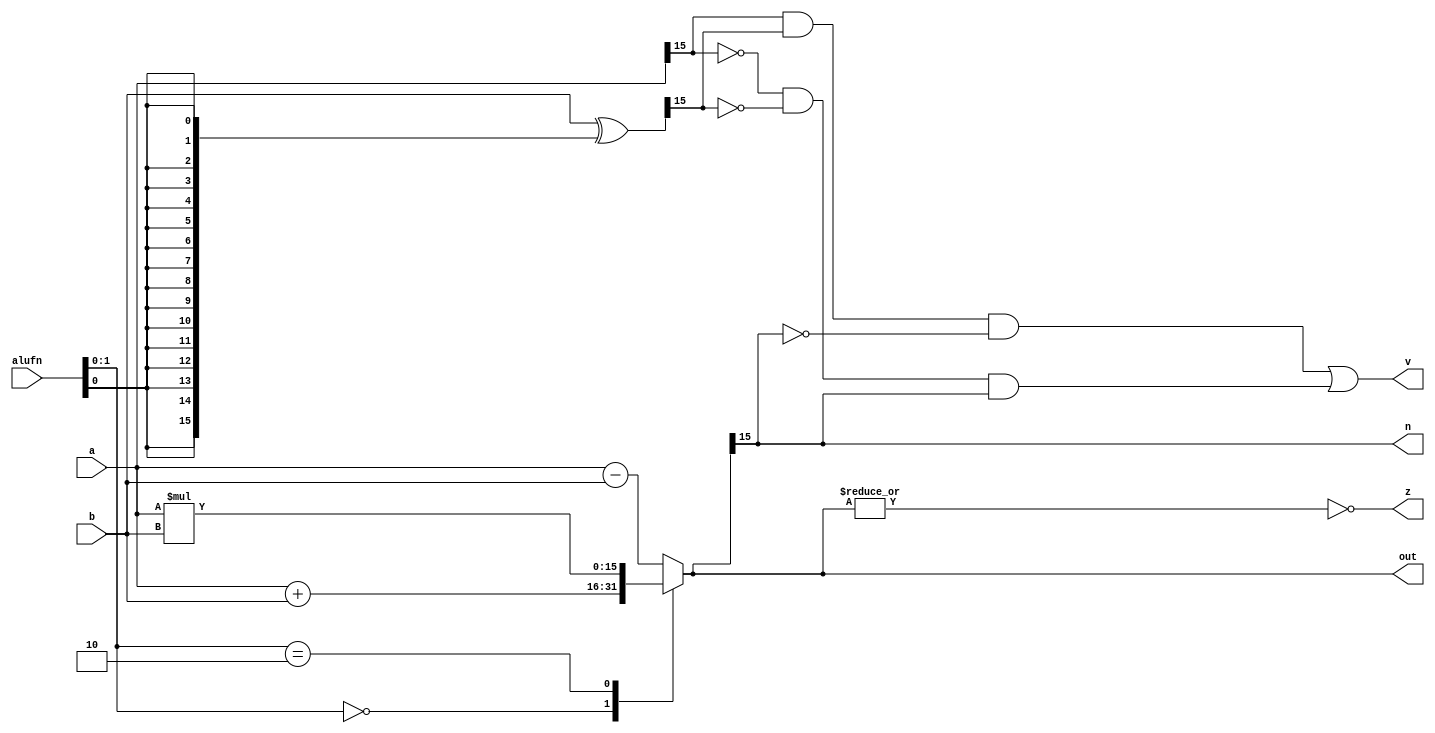
/*
   This file was generated automatically by the Mojo IDE version B1.3.6.
   Do not edit this file directly. Instead edit the original Lucid source.
   This is a temporary file and any changes made to it will be destroyed.
*/

module adder16_31 (
    input [5:0] alufn,
    input [15:0] a,
    input [15:0] b,
    output reg [15:0] out,
    output reg z,
    output reg n,
    output reg v
  );
  
  
  
  reg [15:0] sum;
  
  reg [15:0] xb;
  
  always @* begin
    xb = b ^ {5'h10{alufn[0+0-:1]}};
    
    case (alufn[0+1-:2])
      2'h0: begin
        sum = a + b;
      end
      2'h1: begin
        sum = a - b;
      end
      2'h2: begin
        sum = a * b;
      end
      default: begin
        sum = a - b;
      end
    endcase
    v = (a[15+0-:1] & xb[15+0-:1] & ~sum[15+0-:1]) | (~a[15+0-:1] & ~xb[15+0-:1] & sum[15+0-:1]);
    n = sum[15+0-:1];
    z = (~|sum);
    out = sum;
  end
endmodule